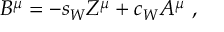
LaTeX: B ^ { \mu } = - s _ { W } Z ^ { \mu } + c _ { W } A ^ { \mu } ~ , \nonumber